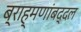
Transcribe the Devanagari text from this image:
ब्राह्मणांबद्दल